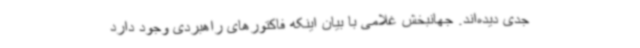
جدی دیده‌اند. جهانبخش غلامی با بیان اینکه فاکتورهای راهبردی وجود دارد